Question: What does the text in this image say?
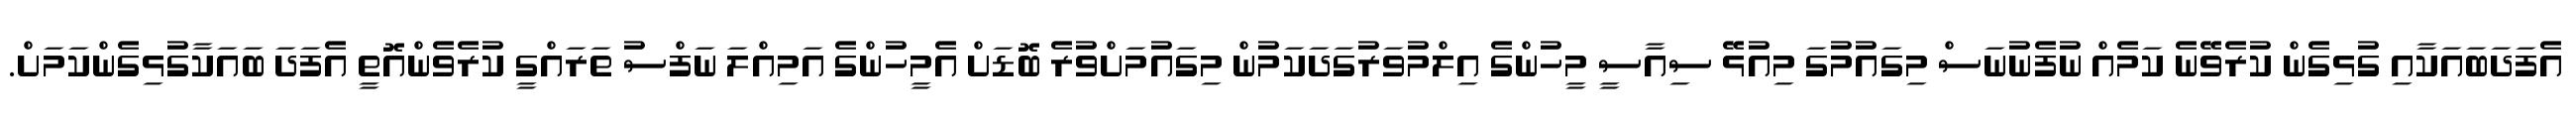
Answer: އެފަދަބައަކާއި ގުޅިގެން ކުރެވޭނެ ކަމެއް ނުފެނުނަސް މިގައުމުގަ މިއުޅޭ ސިއާސީ މީހުންގެ އިލްމުވަރުގަދަކަމުން މިގައުމަށްވުރެ ބޮޑަށް އެމީހުންގެ އަމިއްލަ ނަފްސު ތަރައްގީ ކުރެވެންއޮތީ އެފަދަ ބައަކާގުޅިގެންކަމަށް.